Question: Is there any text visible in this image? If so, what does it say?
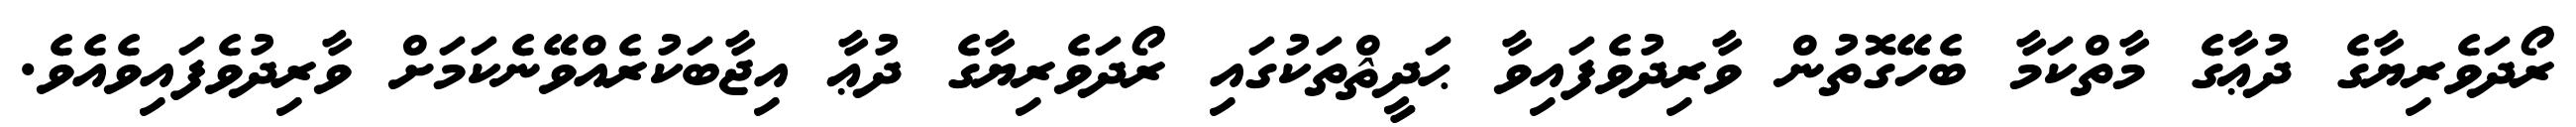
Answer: ރޯދަވެރިޔާގެ ދުޢާގެ މާތްކަމާ ބެހޭގޮތުން ވާރިދުވެފައިވާ ޙަދީޘްތަކުގައި ރޯދަވެރިޔާގެ ދުޢާ އިޖާބަކުރެއްވޭނެކަމަށް ވާރިދުވެފައިވެއެވެ.